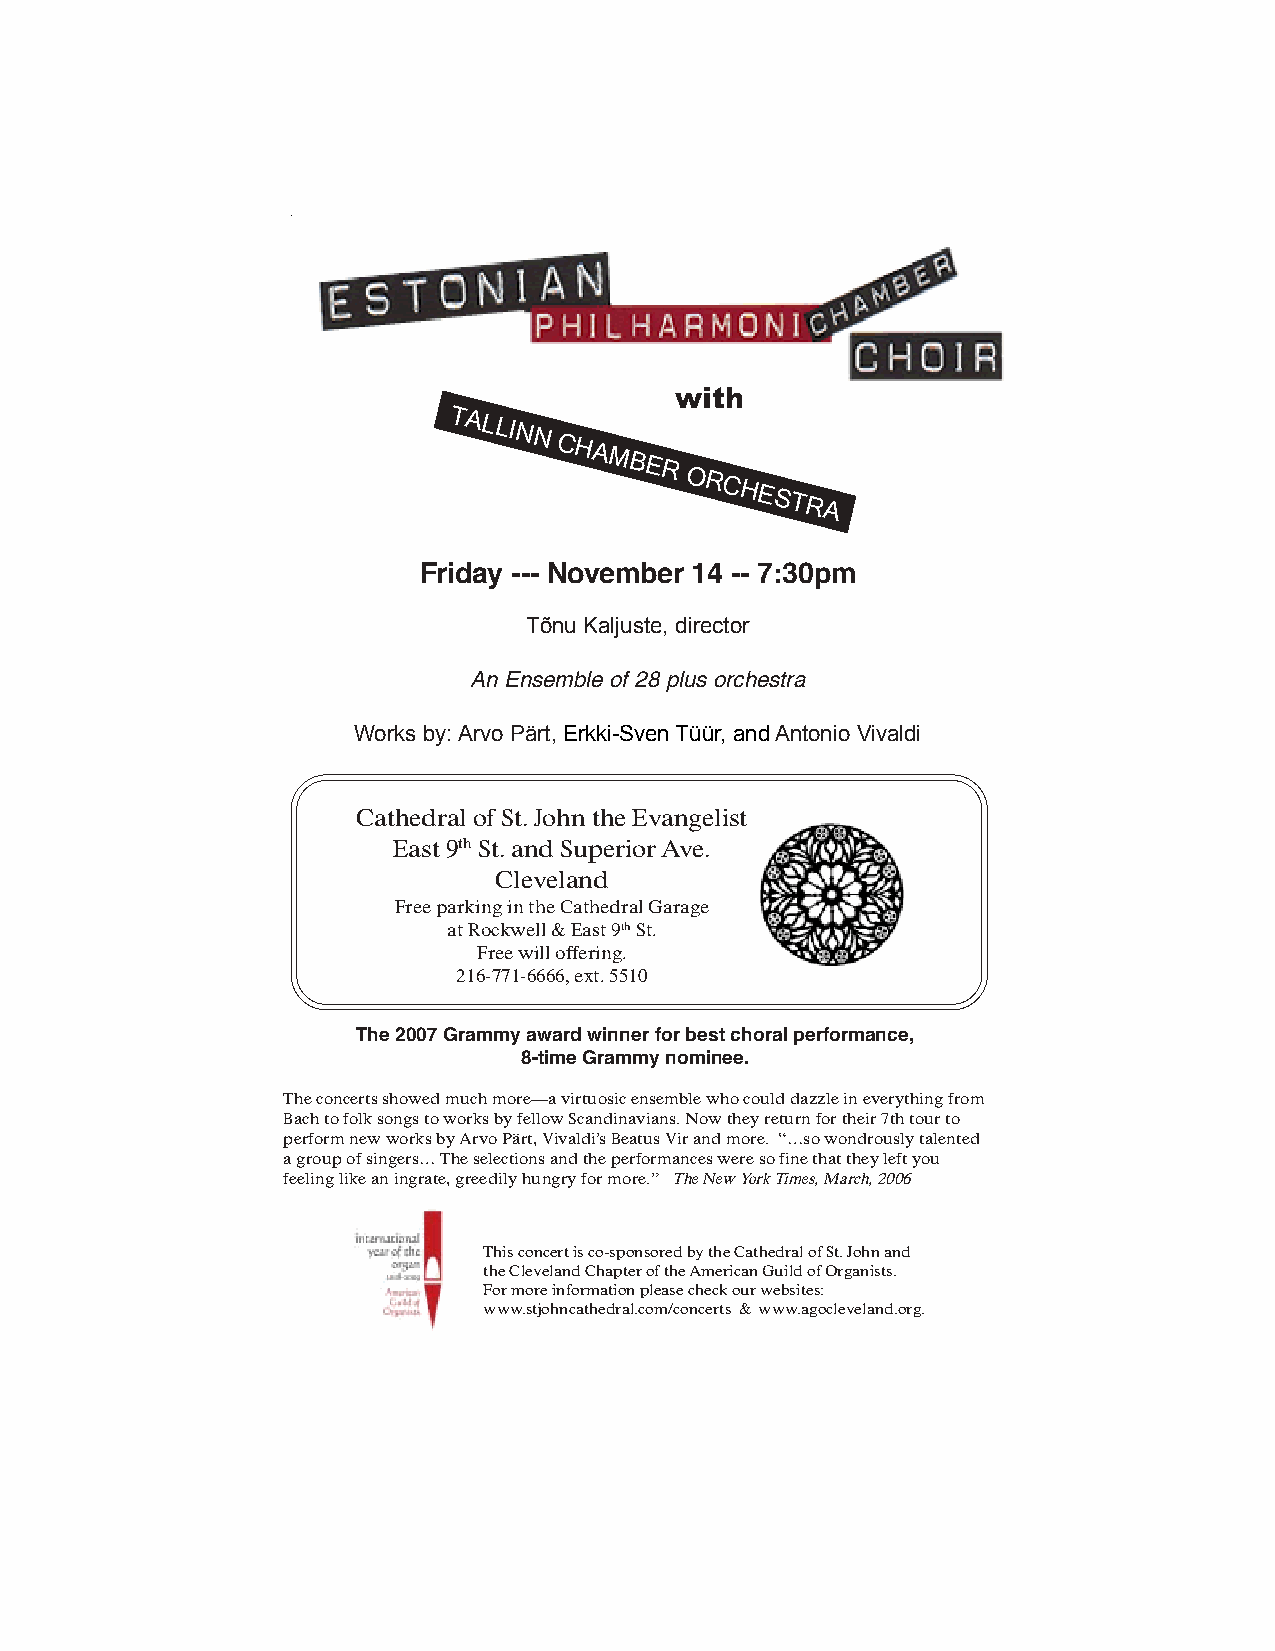
with
 TALLINN
 CHAMBER
 ORCHESTRA
 Friday --- November 14 -- 7:30pm
 Tõnu Kaljuste, director
 An Ensemble of 28 plus orchestra
 Works by: Arvo Pärt, Erkki-Sven Tüür, and Antonio Vivaldi
 Cathedral of St. John the Evangelist
 East 9th St. and Superior Ave.
 Cleveland
 Free parking in the Cathedral Garage
 at Rockwell & East 9th St.
 Free will offering.
 216-771-6666, ext. 5510
 The 2007 Grammy award winner for best choral performance,
 8-time Grammy nominee.
 The concerts showed much more—a virtuosic ensemble who could dazzle in everything from
 Bach to folk songs to works by fellow Scandinavians. Now they return for their 7th tour to
 perform new works by Arvo Pärt, Vivaldi’s Beatus Vir and more. “…so wondrously talented
 a group of singers… The selections and the performances were so fine that they left you
 feeling like an ingrate, greedily hungry for more.” The New York Times, March, 2006
 This concert is co-sponsored by the Cathedral of St. John and
 the Cleveland Chapter of the American Guild of Organists.
 For more information please check our websites:
 www.stjohncathedral.com/concerts & www.agocleveland.org.